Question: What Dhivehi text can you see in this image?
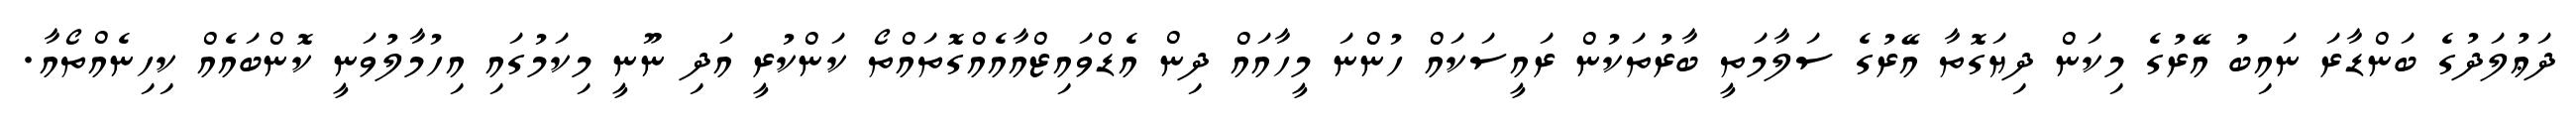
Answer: ދަޢުލަދުގެ ބަންޑާރަ ނައިބު އޭރުގެ މިކަން ދިޔަގޮތާ އޭރުގެ ސަލާމަތީ ބާރުތަކުން ރައީސަކައް ހުންނަ މީހާއައް ދިން އެޑްވައިޒްއާއެއްގޮތައްތޯ ކަންކުރީ އަދި ނޫނީ މިކަމުގައި އިހުމާލުވަނީ ކޮންބައެއް ކިހިނެއްތޯއާ.